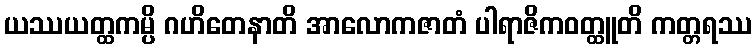
ယဿယတ္ထကမ္ပိ ဂဟိတေနာတိ အာလောကဇာတံ ပါရာဇိကဝတ္ထူတိ ကတ္တရဿ